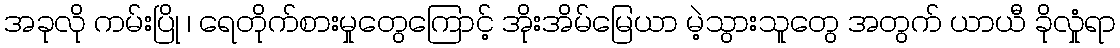
အခုလို ကမ်းပြို ၊ ရေတိုက်စားမှုတွေကြောင့် အိုးအိမ်မြေယာ မဲ့သွားသူတွေ အတွက် ယာယီ ခိုလှုံရာ